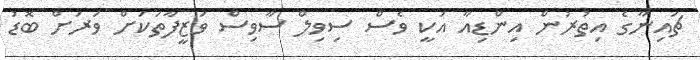
ޗައިނާގެ އިތުރުން އިންޑިއާ އަކީ ވެސް ސިވިލް ސާވިސް ވަޒީފާތަކަށް ވަރަށް ބޮޑު